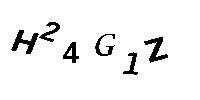
H24G1Z